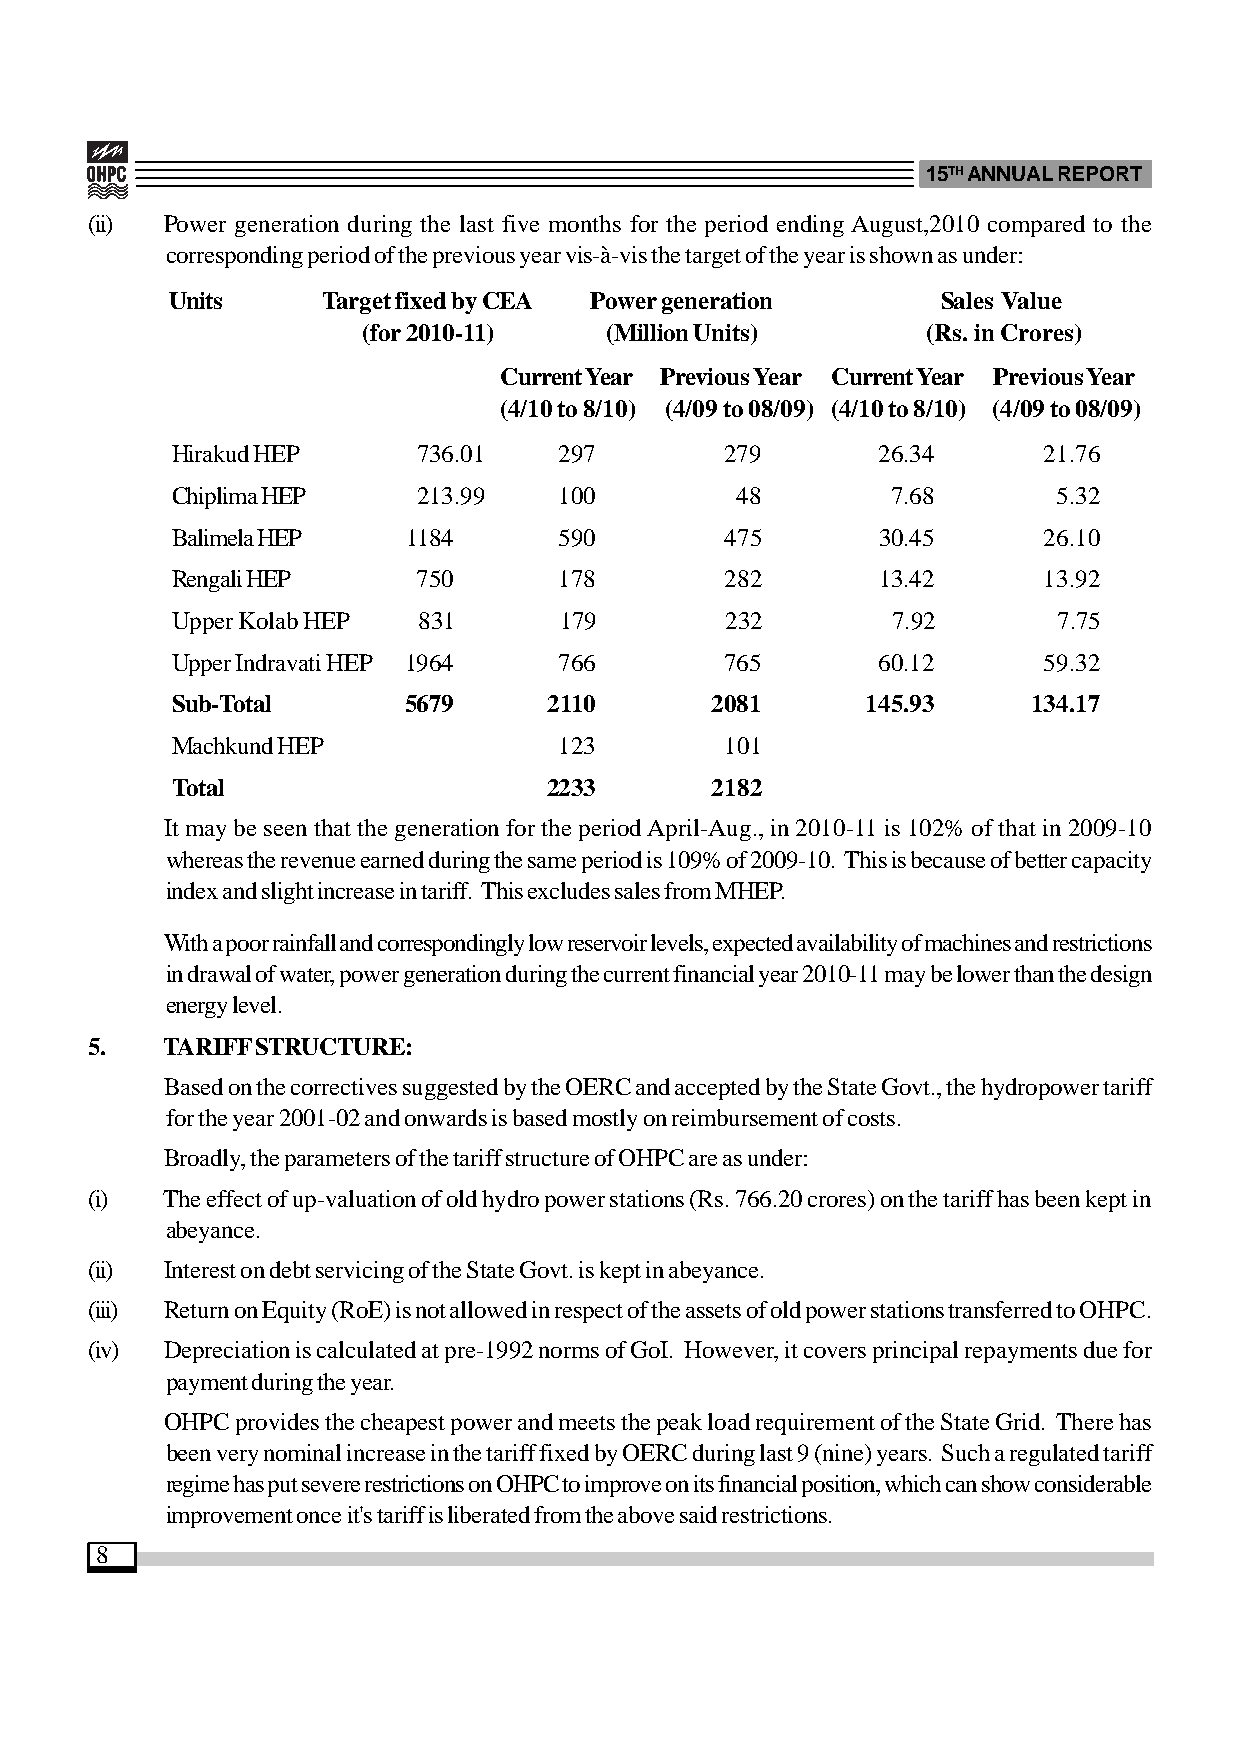
15TH ANNUAL REPORT
 (ii) Power generation during the last five months for the period ending August,2010 compared to the
 corresponding period of the previous year vis-à-vis the target of the year is shown as under:
 Units     Target fixed by CEA Power generation     Sales Value
 (for 2010-11)   (Million Units)      (Rs. in Crores)
 Current Year Previous Year Current Year Previous Year
 (4/10 to 8/10) (4/09 to 08/09) (4/10 to 8/10) (4/09 to 08/09)
 Hirakud HEP      736.01   297        279       26.34      21.76
 Chiplima HEP     213.99   100         48        7.68       5.32
 Balimela HEP    1184      590        475       30.45      26.10
 Rengali HEP      750      178        282       13.42      13.92
 Upper Kolab HEP  831      179        232        7.92       7.75
 Upper Indravati HEP 1964  766        765       60.12      59.32
 Sub-Total       5679     2110       2081      145.93     134.17
 Machkund HEP              123        101
 Total                    2233       2182
 It may be seen that the generation for the period April-Aug., in 2010-11 is 102% of that in 2009-10
 whereas the revenue earned during the same period is 109% of 2009-10. This is because of better capacity
 index and slight increase in tariff. This excludes sales from MHEP.
 With a poor rainfall and correspondingly low reservoir levels, expected availability of machines and restrictions
 in drawal of water, power generation during the current financial year 2010-11 may be lower than the design
 energy level.
 5.   TARIFF STRUCTURE:
 Based on the correctives suggested by the OERC and accepted by the State Govt., the hydropower tariff
 for the year 2001-02 and onwards is based mostly on reimbursement of costs.
 Broadly, the parameters of the tariff structure of OHPC are as under:
 (i)  The effect of up-valuation of old hydro power stations (Rs. 766.20 crores) on the tariff has been kept in
 abeyance.
 (ii) Interest on debt servicing of the State Govt. is kept in abeyance.
 (iii) Return on Equity (RoE) is not allowed in respect of the assets of old power stations transferred to OHPC.
 (iv) Depreciation is calculated at pre-1992 norms of GoI. However, it covers principal repayments due for
 payment during the year.
 OHPC provides the cheapest power and meets the peak load requirement of the State Grid. There has
 been very nominal increase in the tariff fixed by OERC during last 9 (nine) years. Such a regulated tariff
 regime has put severe restrictions on OHPC to improve on its financial position, which can show considerable
 improvement once it's tariff is liberated from the above said restrictions.
 8